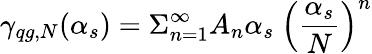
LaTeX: \gamma_{qg,N}(\alpha_{s})=\Sigma_{n=1}^{\infty}A_{n}\alpha_{s}\ \left(\frac{\alpha_{s}}{N}\right)^{n}